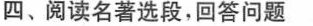
四、阅读名著选段，回答问题